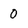
Character: 0